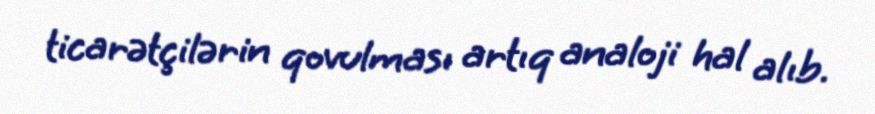
ticarətçilərin qovulması artıq analoji hal alıb.